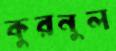
কুরনুল